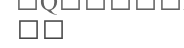
٣٦